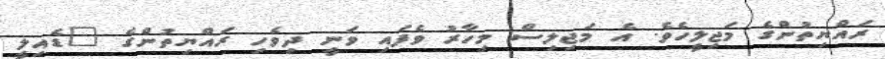
ރައްޔިތުންގެ މަޖިލީހެވެ. އެ މަޖިލިސް މިހާރު ވެފައި ވަނީ ދިވެހި ރައްޔިތުންގެ "ޑެއިލީ